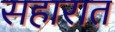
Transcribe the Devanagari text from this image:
सहारात